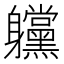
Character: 𲄲